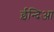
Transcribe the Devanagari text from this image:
ईन्दिआ